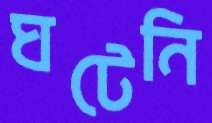
ঘটেনি